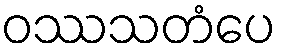
ဝဿသတံပေ